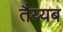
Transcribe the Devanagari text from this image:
तैय्यब